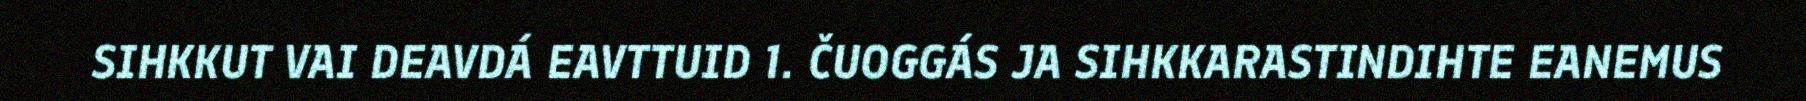
SIHKKUT VAI DEAVDÁ EAVTTUID 1. ČUOGGÁS JA SIHKKARASTINDIHTE EANEMUS